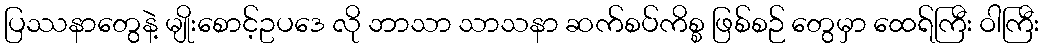
ပြဿနာတွေနဲ့ မျိုးစောင့်ဥပဒေ လို ဘာသာ သာသနာ ဆက်စပ်ကိစ္စ ဖြစ်စဉ် တွေမှာ ထေရ်ကြီး ဝါကြီး